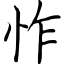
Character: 怍